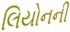
લિયોનની